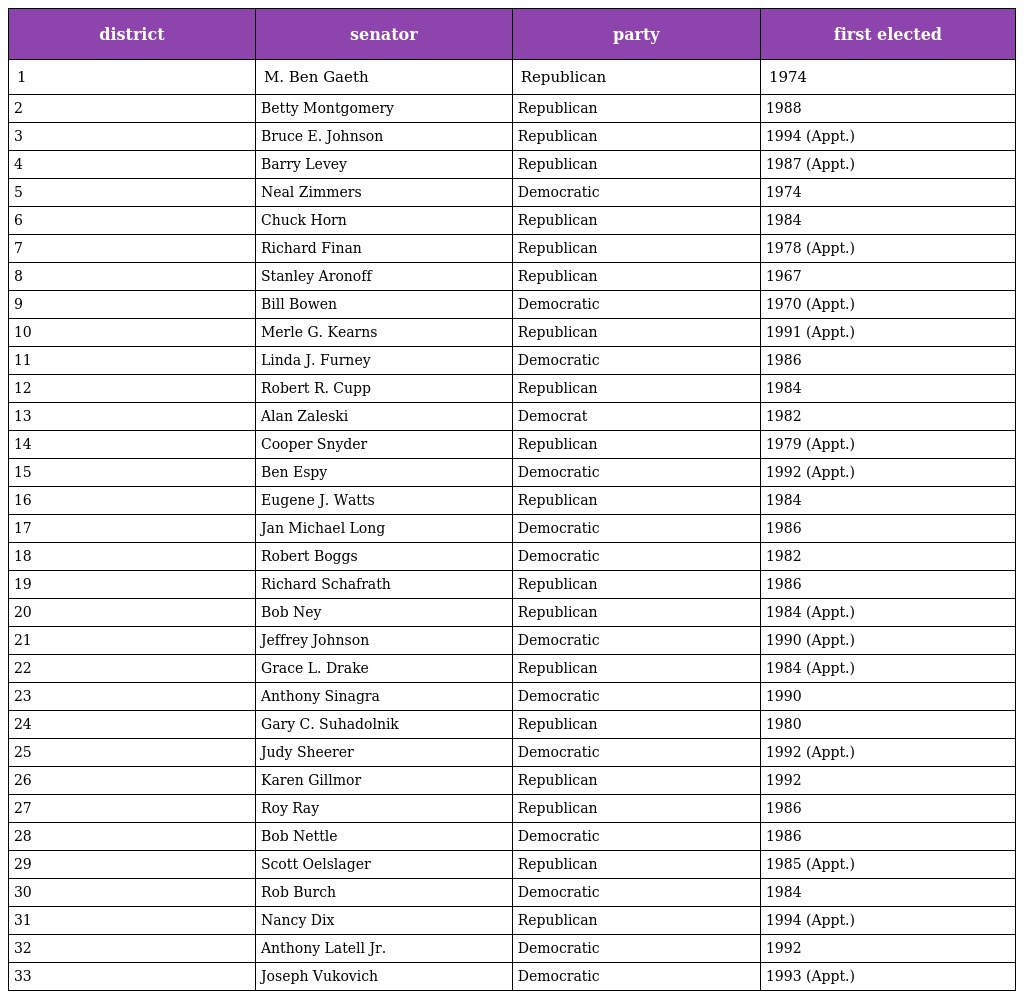
| district | senator | party | first elected |
 | --- | --- | --- | --- |
 | 1 | M. Ben Gaeth | Republican | 1974 |
 | 2 | Betty Montgomery | Republican | 1988 |
 | 3 | Bruce E. Johnson | Republican | 1994 (Appt.) |
 | 4 | Barry Levey | Republican | 1987 (Appt.) |
 | 5 | Neal Zimmers | Democratic | 1974 |
 | 6 | Chuck Horn | Republican | 1984 |
 | 7 | Richard Finan | Republican | 1978 (Appt.) |
 | 8 | Stanley Aronoff | Republican | 1967 |
 | 9 | Bill Bowen | Democratic | 1970 (Appt.) |
 | 10 | Merle G. Kearns | Republican | 1991 (Appt.) |
 | 11 | Linda J. Furney | Democratic | 1986 |
 | 12 | Robert R. Cupp | Republican | 1984 |
 | 13 | Alan Zaleski | Democrat | 1982 |
 | 14 | Cooper Snyder | Republican | 1979 (Appt.) |
 | 15 | Ben Espy | Democratic | 1992 (Appt.) |
 | 16 | Eugene J. Watts | Republican | 1984 |
 | 17 | Jan Michael Long | Democratic | 1986 |
 | 18 | Robert Boggs | Democratic | 1982 |
 | 19 | Richard Schafrath | Republican | 1986 |
 | 20 | Bob Ney | Republican | 1984 (Appt.) |
 | 21 | Jeffrey Johnson | Democratic | 1990 (Appt.) |
 | 22 | Grace L. Drake | Republican | 1984 (Appt.) |
 | 23 | Anthony Sinagra | Democratic | 1990 |
 | 24 | Gary C. Suhadolnik | Republican | 1980 |
 | 25 | Judy Sheerer | Democratic | 1992 (Appt.) |
 | 26 | Karen Gillmor | Republican | 1992 |
 | 27 | Roy Ray | Republican | 1986 |
 | 28 | Bob Nettle | Democratic | 1986 |
 | 29 | Scott Oelslager | Republican | 1985 (Appt.) |
 | 30 | Rob Burch | Democratic | 1984 |
 | 31 | Nancy Dix | Republican | 1994 (Appt.) |
 | 32 | Anthony Latell Jr. | Democratic | 1992 |
 | 33 | Joseph Vukovich | Democratic | 1993 (Appt.) |